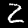
Label: 2